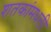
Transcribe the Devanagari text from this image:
शतकांमधली